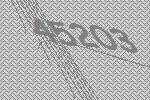
45203